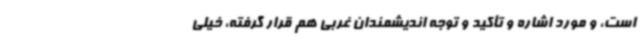
است، و مورد اشاره و تأکید و توجه اندیشمندان غربی هم قرار گرفته، خیلی